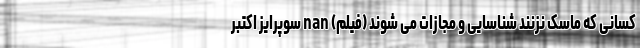
کسانی که ماسک نزنند شناسایی و مجازات می شوند (فیلم) nan سوپرایز اکتبر